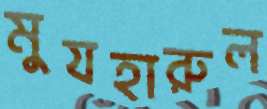
মুযহারুল